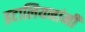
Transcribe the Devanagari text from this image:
इटालियनांनी